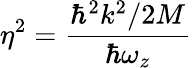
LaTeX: \eta^{2}=\frac{\hbar^{2}k^{2}/2M}{\hbar\omega_{z}}